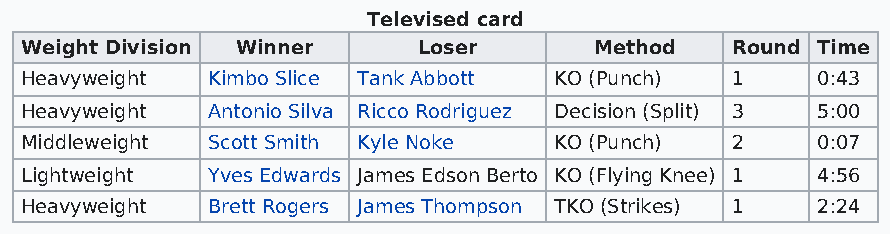
Televised card
 Weight Division Winner     Loser      Method   Round Time
 Heavyweight  Kimbo Slice Tank Abbott KO (Punch) 1    0:43
 Heavyweight  Antonio Silva Ricco Rodriguez Decision (Split) 3 5:00
 Middleweight Scott Smith Kyle Noke  KO (Punch) 2     0:07
 Lightweight  Yves Edwards James Edson Berto KO (Flying Knee) 1 4:56
 Heavyweight  Brett Rogers James Thompson TKO (Strikes) 1 2:24